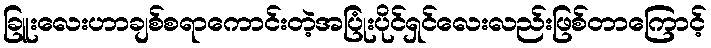
ခြူးလေးဟာချစ်စရာကောင်းတဲ့အပြုံးပိုင်ရှင်လေးလည်းဖြစ်တာကြောင့်